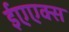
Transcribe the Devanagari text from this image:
ईएएक्स